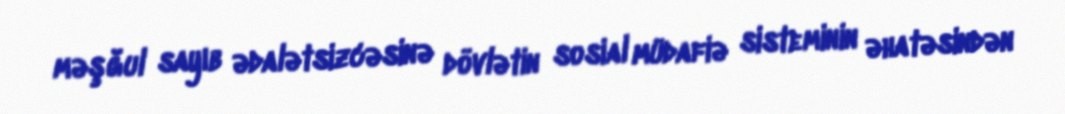
məşğul sayıb ədalətsizcəsinə dövlətin sosial müdafiə sisteminin əhatəsindən